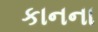
કાનના